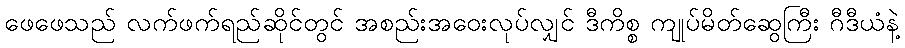
ဖေဖေသည် လက်ဖက်ရည်ဆိုင်တွင် အစည်းအဝေးလုပ်လျှင် ဒီကိစ္စ ကျုပ်မိတ်ဆွေကြီး ဂီဒီယံနဲ့